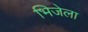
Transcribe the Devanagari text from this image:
भिजेला